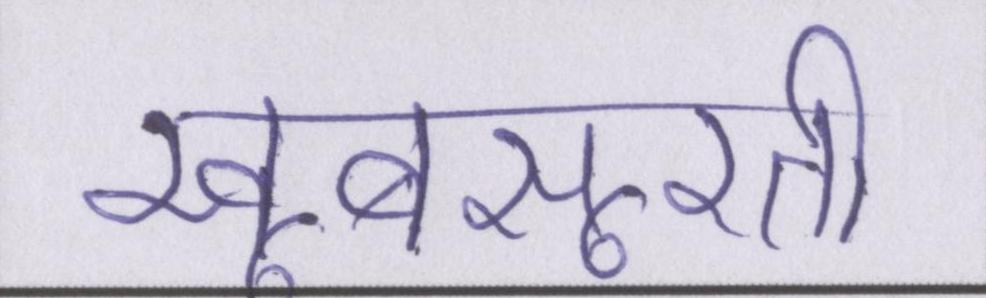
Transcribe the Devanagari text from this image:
खूबसूरती